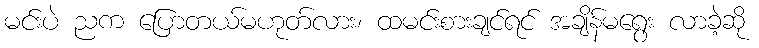
မင်းပဲ ညက ပြောတယ်မဟုတ်လား၊ ထမင်းစားချင်ရင် အချိန်မရွေး လာခဲ့ဆို